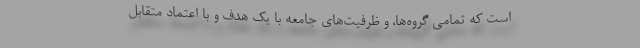
است که تمامی گروه‌ها، و ظرفیت‌های جامعه با یک هدف و با اعتماد متقابل